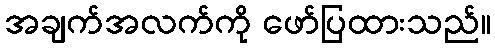
အချက်အလက်ကို ဖော်ပြထားသည်။